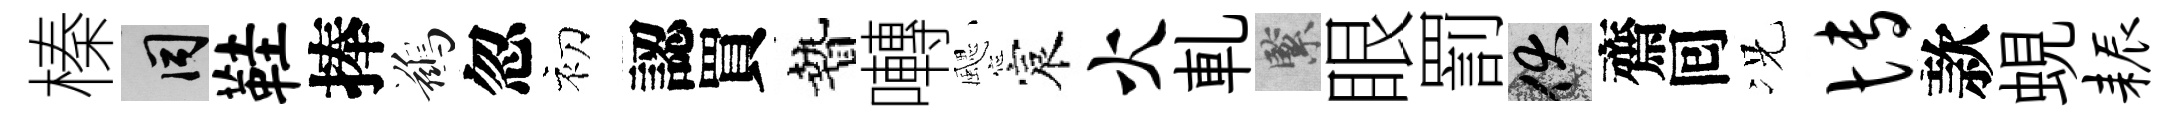
榛间鞋捧鷀忽初認買贄囀颸宸火軋緊眼罰伏齋囘况博款蜆耨